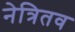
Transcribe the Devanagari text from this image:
नेत्रितव